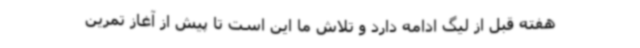
هفته قبل از لیگ ادامه دارد و تلاش ما این است تا پیش از آغاز تمرین